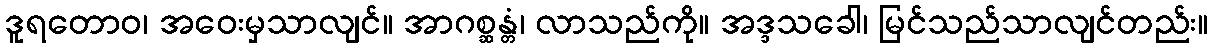
ဒူရတောဝ၊ အဝေးမှသာလျင်။ အာဂစ္ဆန္တံ၊ လာသည်ကို။ အဒ္ဒသခေါ၊ မြင်သည်သာလျင်တည်း။